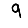
Digit: 9